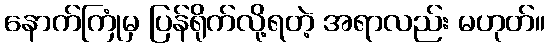
နောက်ကြုံမှ ပြန်ရိုက်လို့ရတဲ့ အရာလည်း မဟုတ်။